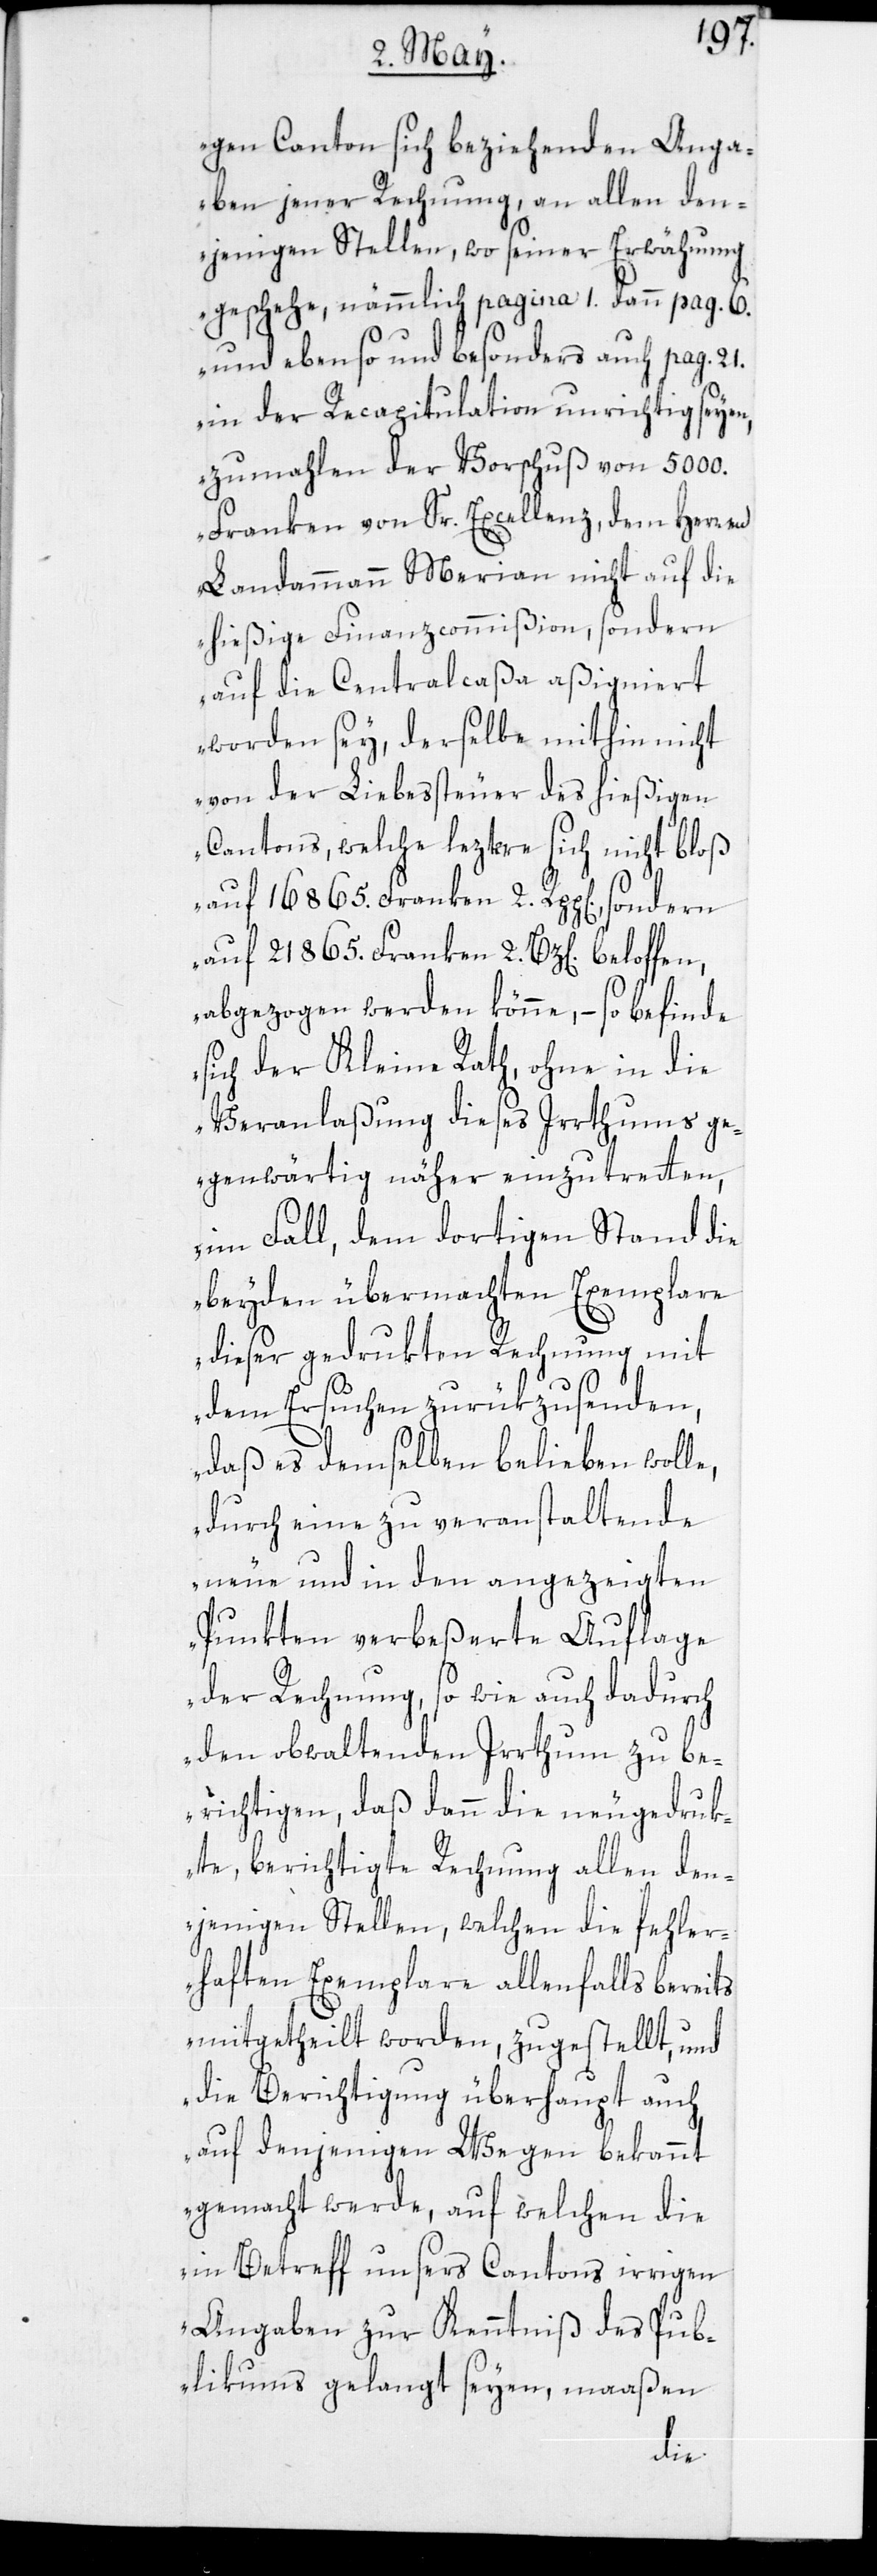
ßi]gen Canton sich beziehenden Anga¬
ben jener Rechnung, an allen den¬
jenigen Stellen, wo seiner Erwähnung
geschehe, nämmlich pagina 1.[,] dann pag. 6.
und ebenso und besonders auch pag. 21.
in der Recapitulation unrichtig seyen,
zumahlen der Vorschuß von 5000.
Franken von Sr. Excellenz, dem Herren
Landammann Merian nicht auf die
hießige Finanzcommißion, sondern
auf die Centralcaßa aßigniert
worden sey, derselbe mithin nicht
von der Liebessteuer des hießigen
Cantons, welche leztere sich nicht bloß
auf 16 865. Franken 2 Rpp[en].,
auf 21 865. Franken 2 Bz[en]. beloffen,
abgezogen werden könne, – so befinde
sich der Kleine Rath, ohne in die
Veranlaßung dieses Irrthums ge¬
genwärtig näher einzutretten,
im Fall, dem dortigen Stand die
beyden übermachten Exemplare
dieser gedrukten Rechnung mit
dem Ersuchen zurükzusenden,
daß es demselben belieben wolle,
durch eine zu veranstaltende
neue und in den angezeigten
Punkten verbeßerte Auflage
der Rechnung, so wie auch dadurch
den obwaltenden Irrthum zu be¬
richtigen, daß dann die neugedruk¬
te, berichtigte Rechnung allen den¬
jenigen Stellen, welchen die fehler¬
haften Exemplare allenfalls bereits
mitgetheilt worden, zugestellt, und
die Berichtigung überhaupt auch
auf denjenigen Wegen bekannt
gemacht werde, auf welchen die
in Betreff unsers Cantons irrigen
Angaben zur Kenntniß des Pub¬
likums gelangt seyen, maaßen
[hie¬